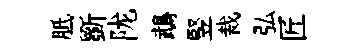
胝斵陇鵡竪裁弘匠